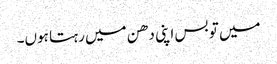
میں تو بس اپنی دھن میں رہتا ہوں۔